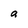
Character: a